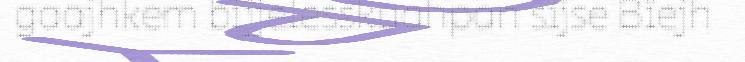
gaajhkem bijjelesskuahpan sïjse Bïejh